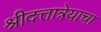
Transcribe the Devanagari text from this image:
श्रीदत्तात्रेयाचा